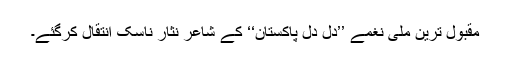
مقبول ترین ملی نغمے ’’دل دل پاکستان‘‘ کے شاعر نثار ناسک انتقال کرگئے۔